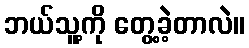
ဘယ်သူ့ကို တွေ့ခဲ့တာလဲ။